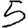
Digit: 5